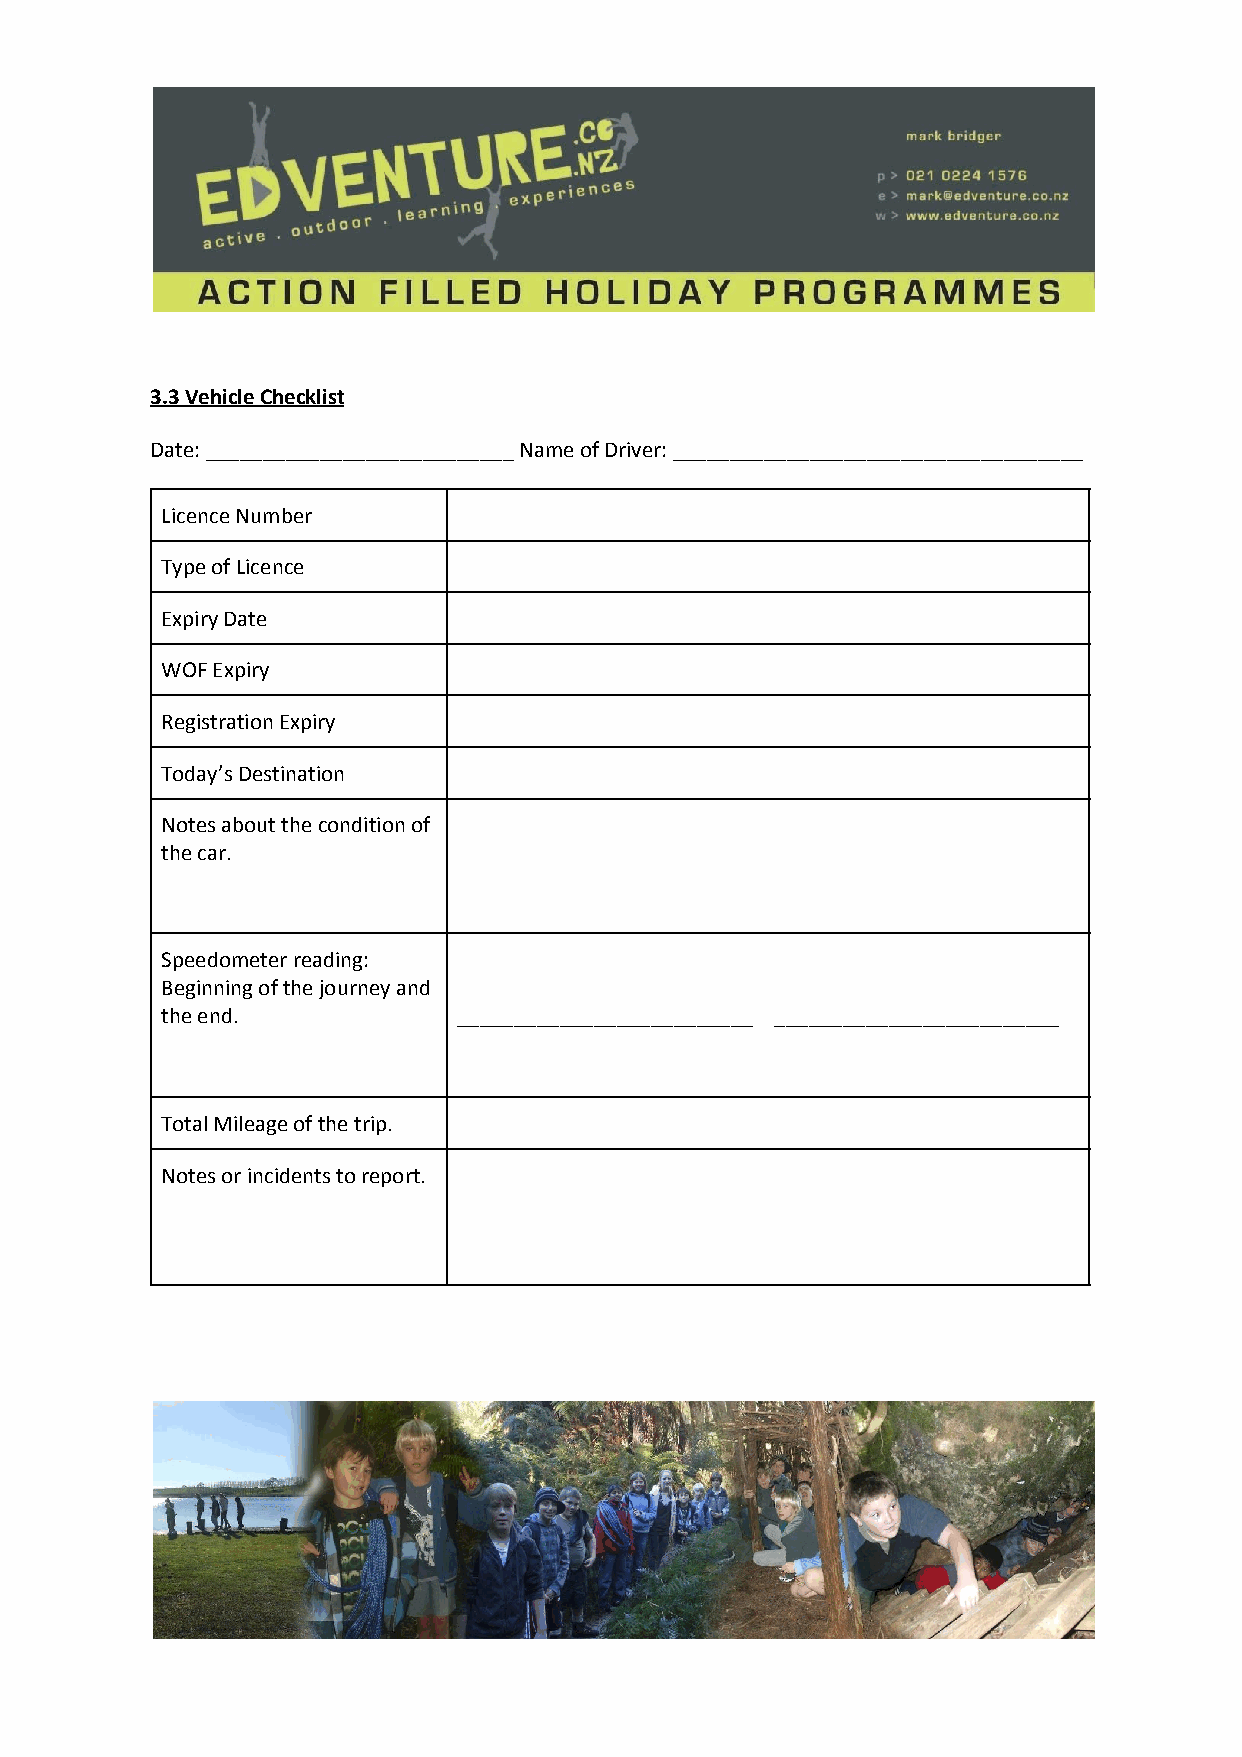
3.3 Vehicle Checklist
 Date: ___________________________ Name of Driver: ____________________________________
 Licence Number
 Type of Licence
 Expiry Date
 WOF Expiry
 Registration Expiry
 Today’s Destination
 Notes about the condition of
 the car.
 Speedometer reading:
 Beginning of the journey and
 the end.           __________________________ _________________________
 Total Mileage of the trip.
 Notes or incidents to report.